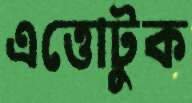
এত্তোটুক